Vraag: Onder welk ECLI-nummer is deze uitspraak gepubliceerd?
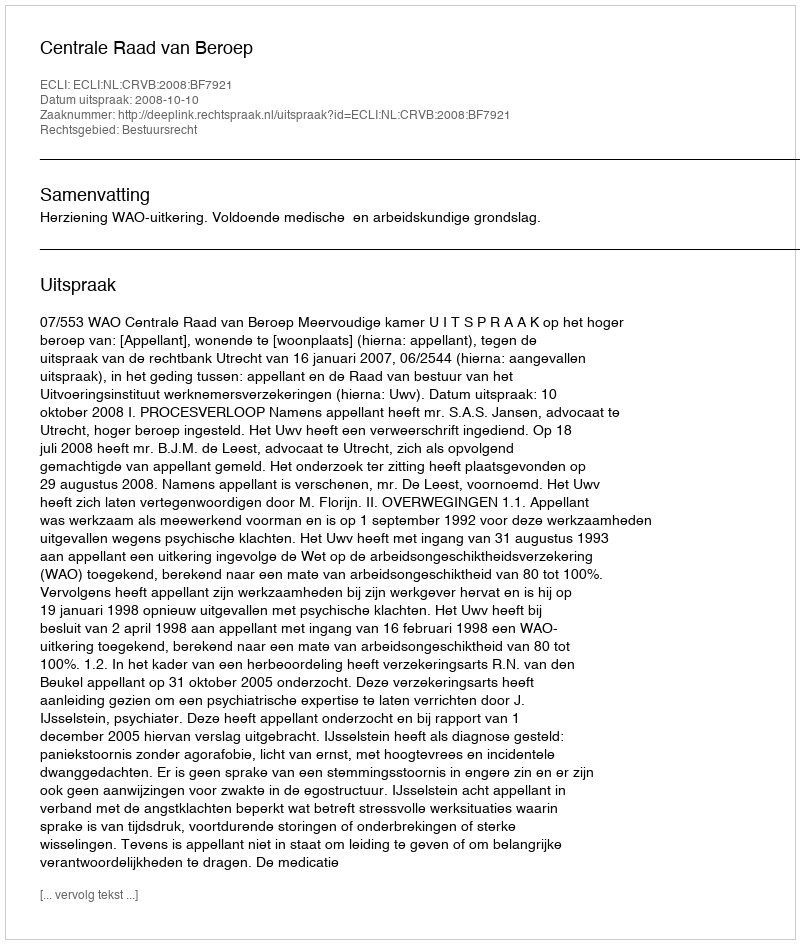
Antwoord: ECLI:NL:CRVB:2008:BF7921